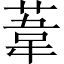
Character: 葦